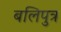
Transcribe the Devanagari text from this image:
बलिपुत्र